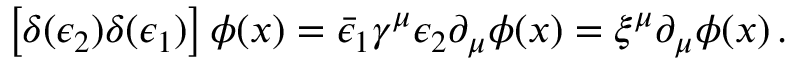
\left[ \delta ( \epsilon _ { 2 } ) \delta ( \epsilon _ { 1 } ) \right] \phi ( x ) = \bar { \epsilon } _ { 1 } \gamma ^ { \mu } \epsilon _ { 2 } \partial _ { \mu } \phi ( x ) = \xi ^ { \mu } \partial _ { \mu } \phi ( x ) \, .